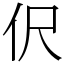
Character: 伬